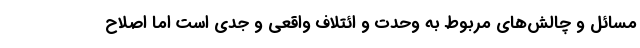
مسائل و چالش‌های مربوط به وحدت و ائتلاف واقعی و جدی است اما اصلاح